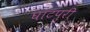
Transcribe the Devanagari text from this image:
घाटपुरी